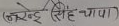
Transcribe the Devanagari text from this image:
(नरेन्द्र सिंह थापा)